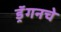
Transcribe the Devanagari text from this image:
ड्रॅगनचे